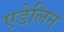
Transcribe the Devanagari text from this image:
एडेलिन